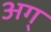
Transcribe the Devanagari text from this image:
अग्